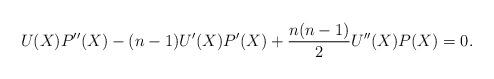
LaTeX: \begin{align*}U(X) P''(X) - (n-1)U'(X)P'(X) + \frac{n(n-1)}{2} U''(X)P(X) = 0. \end{align*}